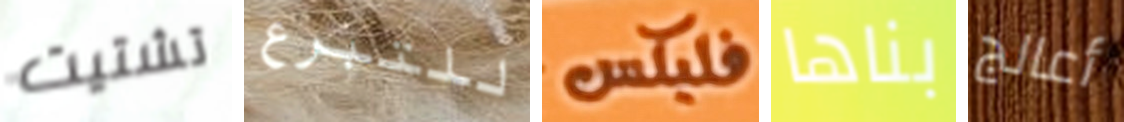
تشتيت للتبرع فليكس بناها أعالج